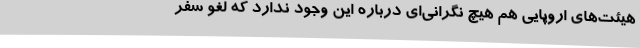
هیئت‌های اروپایی هم هیچ نگرانی‌ای درباره این وجود ندارد که لغو سفر